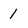
Character: 1